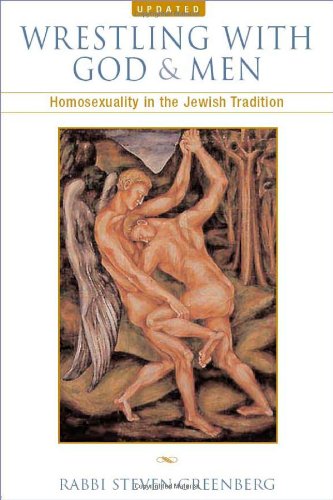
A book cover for Wrestling with God and Men: Homosexuality in the Jewish Tradition; Steven Greenberg; Gay & Lesbian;